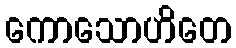
ကောသောဟိတေ